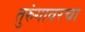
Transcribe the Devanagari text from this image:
तुरुंगावरचा